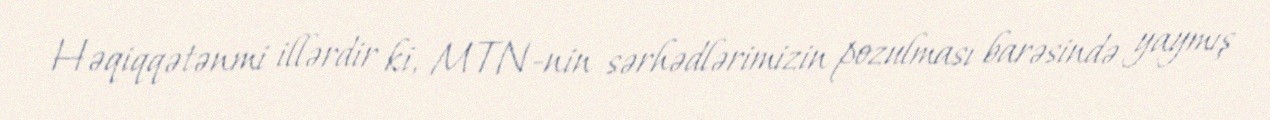
Həqiqqətənmi illərdir ki, MTN-nin sərhədlərimizin pozulması barəsində yaymış